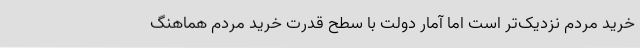
خرید مردم نزدیک‌تر است اما آمار دولت با سطح قدرت خرید مردم هماهنگ